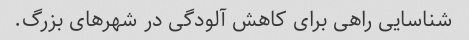
شناسایی راهی برای کاهش آلودگی در شهرهای بزرگ.